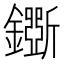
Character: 𨮕